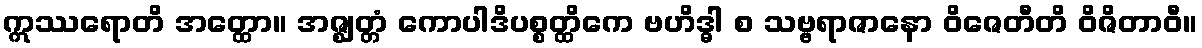
ဣဿရောတိ အတ္ထော။ အဇ္ဈတ္တံ ကောပါဒိပစ္စတ္ထိကေ ဗဟိဒ္ဓါ စ သဗ္ဗရာဇာနော ဝိဇေတီတိ ဝိဇိတာဝီ။